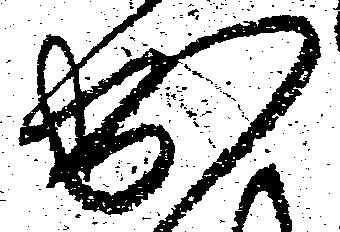
出